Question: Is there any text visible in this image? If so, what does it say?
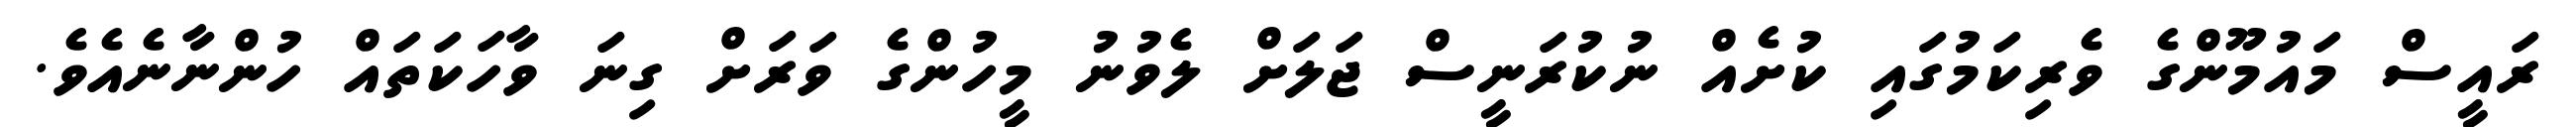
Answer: ރައީސް މައުމޫންގެ ވެރިކަމުގައި ކުށެއް ނުކުރަނީސް ޖަލަށް ލެވުނު މީހުންގެ ވަރަށް ގިނަ ވާހަކަތައް ހުންނާނެއެވެ.